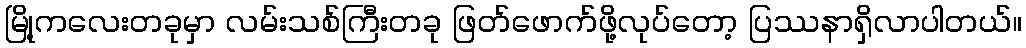
မြို့ကလေးတခုမှာ လမ်းသစ်ကြီးတခု ဖြတ်ဖောက်ဖို့လုပ်တော့ ပြဿနာရှိလာပါတယ်။